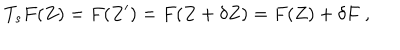
T _ { s } F ( Z ) = F ( Z ^ { \prime } ) = F ( Z + \delta Z ) = F ( Z ) + \delta F ~ ,